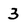
Character: 3